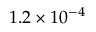
1 . 2 \times 1 0 ^ { - 4 }